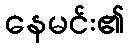
နေမင်း၏